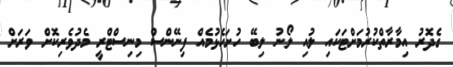
ގެދޮރު އިމާރާތްކުރުމަށްޓަކައި ލުއި ލޯނު ލިބޭ ހުށަހެޅުމެއް ފިނޭންސް މިނިސްޓްރީ މެދުވެރިކޮށް ވަރަށް